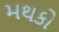
મથકો